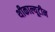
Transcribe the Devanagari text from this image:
थीकाल्यूटीन